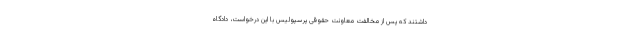
داشتند که پس از مخالفت معاونت حقوقی پرسپولیس با این درخواست، دادگاه